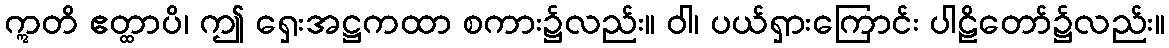
ဣတိ ဧတ္ထာပိ၊ ဤ ရှေးအဋ္ဌကထာ စကား၌လည်း။ ဝါ၊ ပယ်ရှားကြောင်း ပါဠိတော်၌လည်း။